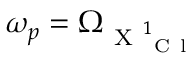
\omega _ { p } = \Omega _ { \mathrm { ~ X ~ } _ { \mathrm { ~ C ~ l ~ } } ^ { 1 } }